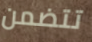
تتضمن